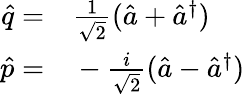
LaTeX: \begin{array}{rl}{\hat{q}=}&{{}\frac{1}{\sqrt{2}}(\hat{a}+\hat{a}^{\dagger})}\\ {\hat{p}=}&{{}-\frac{i}{\sqrt{2}}(\hat{a}-\hat{a}^{\dagger})}\end{array}